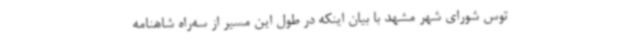
توس شورای شهر مشهد با بیان اینکه در طول این مسیر از سه‌راه شاهنامه